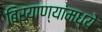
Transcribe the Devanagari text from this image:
बिर्याण्यांमध्ये